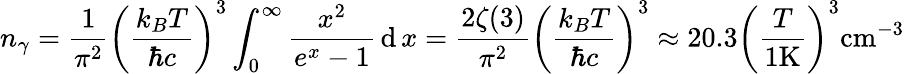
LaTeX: n_{\gamma}={\frac{1}{\pi^{2}}}{\left({\frac{k_{B}T}{\hbar c}}\right)}^{3}\int_{0}^{\infty}{\frac{x^{2}}{e^{x}-1}}\operatorname{d}x={\frac{2\zeta(3)}{\pi^{2}}}{\left({\frac{k_{B}T}{\hbar c}}\right)}^{3}\approx 20.3\left({\frac{T}{1{\mathrm{K}}}}\right)^{3}{\mathrm{cm}}^{-3}